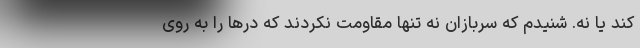
کند یا نه. شنیدم که سربازان نه تنها مقاومت نکردند که درها را به روی